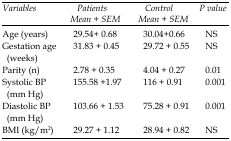
<table><thead><tr><td><b><i>Variables</i></b></td><td><b><i>Patients</i><i>Mean </i><i><underline>+</underline></i><i> SEM</i></b></td><td><b><i>Control</i><i>Mean </i><i><underline>+</underline></i><i> SEM</i></b></td><td><b><i>P value</i></b></td></tr></thead><tbody><tr><td>Age (years)</td><td>29.54<underline>+</underline> 0.68</td><td>30.04<underline>+</underline>0.66</td><td>NS</td></tr><tr><td>Gestation age (weeks)</td><td>31.83 <underline>+</underline> 0.45</td><td>29.72 <underline>+</underline> 0.55</td><td>NS</td></tr><tr><td>Parity (n)</td><td>2.78 <underline>+</underline> 0.35</td><td>4.04 <underline>+</underline> 0.27</td><td>0.01</td></tr><tr><td>Systolic BP (mm Hg)</td><td>155.58 <underline>+</underline>1.97</td><td>116 <underline>+</underline> 0.91</td><td>0.001</td></tr><tr><td>Diastolic BP (mm Hg)</td><td>103.66 <underline>+</underline> 1.53</td><td>75.28 <underline>+</underline> 0.91</td><td>0.001</td></tr><tr><td>BMI (kg/m<sup>2</sup>)</td><td>29.27 <underline>+</underline> 1.12</td><td>28.94 <underline>+</underline> 0.82</td><td>NS</td></tr></tbody></table>